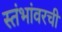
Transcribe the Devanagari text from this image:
स्तंभांवरची